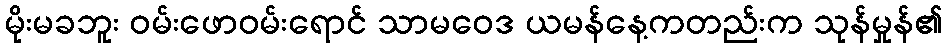
မိုးမခဘူး ဝမ်းဖောဝမ်းရောင် သာမဝေဒ ယမန်နေ့ကတည်းက သုန်မှုန်၏